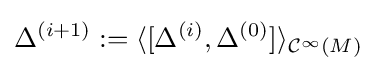
\Delta ^{(i+1)}:=\langle [\Delta ^{(i)},\Delta ^{(0)}]\rangle _{{\mathcal {C}}^{\infty }(M)}